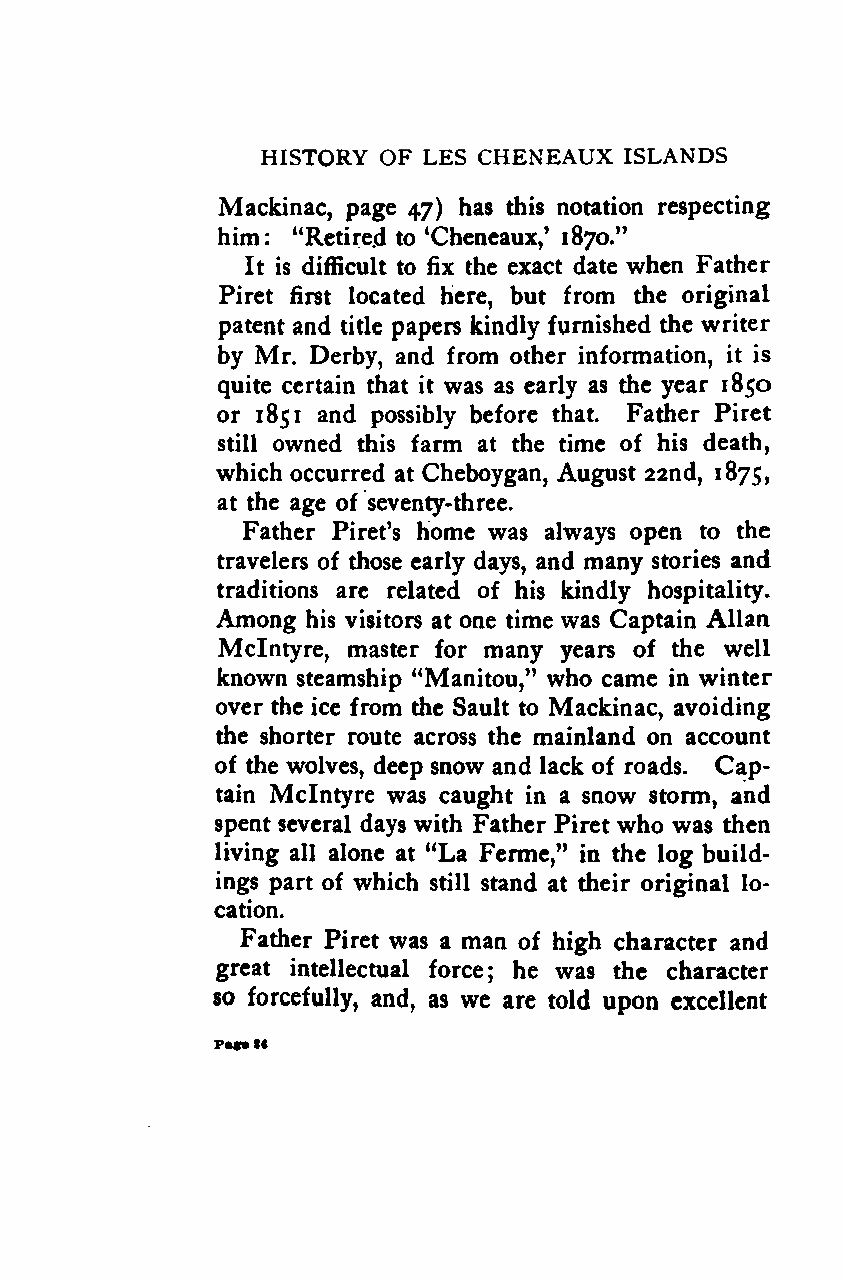
HISTORY OF LES CHENEAUX ISLANDS
 Mackinac, page 47) has this notation respecting
 him: "Retired to 'Cheneaux,' 1870."
 It is difficult to fix the exact date when Father
 Piret first located here, but from the original
 patent and title papers kindly furnished the writer
 by Mr. Derby, and from other information, it is
 quite certain that it was as early as the year 1850
 or 1851 and possibly before that. Father Piret
 still owned this farm at the time of his death,
 which occurred at Cheboygan, August 22nd, 1875,
 at the age of seventy-three.
 Father Piret's home was always open to the
 travelers of those early days, and many stories and
 traditions are related of his kindly hospitality.
 Among his visitors at one time was Captain Allan
 Mclntyre, master for many years of the well
 known steamship "Manitou," who came in winter
 over the ice from the Sault to Mackinac, avoiding
 the shorter route across the mainland on account
 of the wolves, deep snow and lack of roads. Cap-
 tain Mclntyre was caught in a snow storm, and
 spent several days with Father Piret who was then
 living all alone at "La Fenne," in the log build-
 ings part of which still stand at their original lo-
 cation.
 Father Piret was a man of high character and
 great intellectual force; he was the character
 so forcefully, and, as we are told upon excellent
 PMP*C
 Google
 Digitizedby